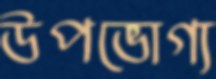
উপভোগ্য